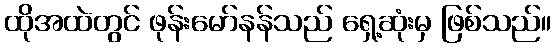
ထိုအထဲတွင် ဖုန်းမော်နန်သည် ရှေ့ဆုံးမှ ဖြစ်သည်။